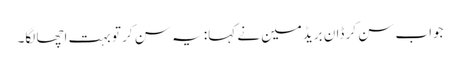
جواب سن کر ڈان بریڈمین نے کہا: یہ سن کر تو بہت اچھا لگا۔